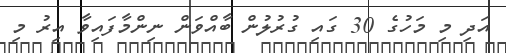
އަދި މި މަހުގެ 30 ގައި ގުރުލުން ބާއްވަން ނިންމާފައިވާ އިރު މި